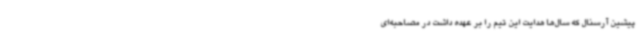
پیشین آرسنال که سال‌ها هدایت این تیم را بر عهده داشت در مصاحبه‌ای